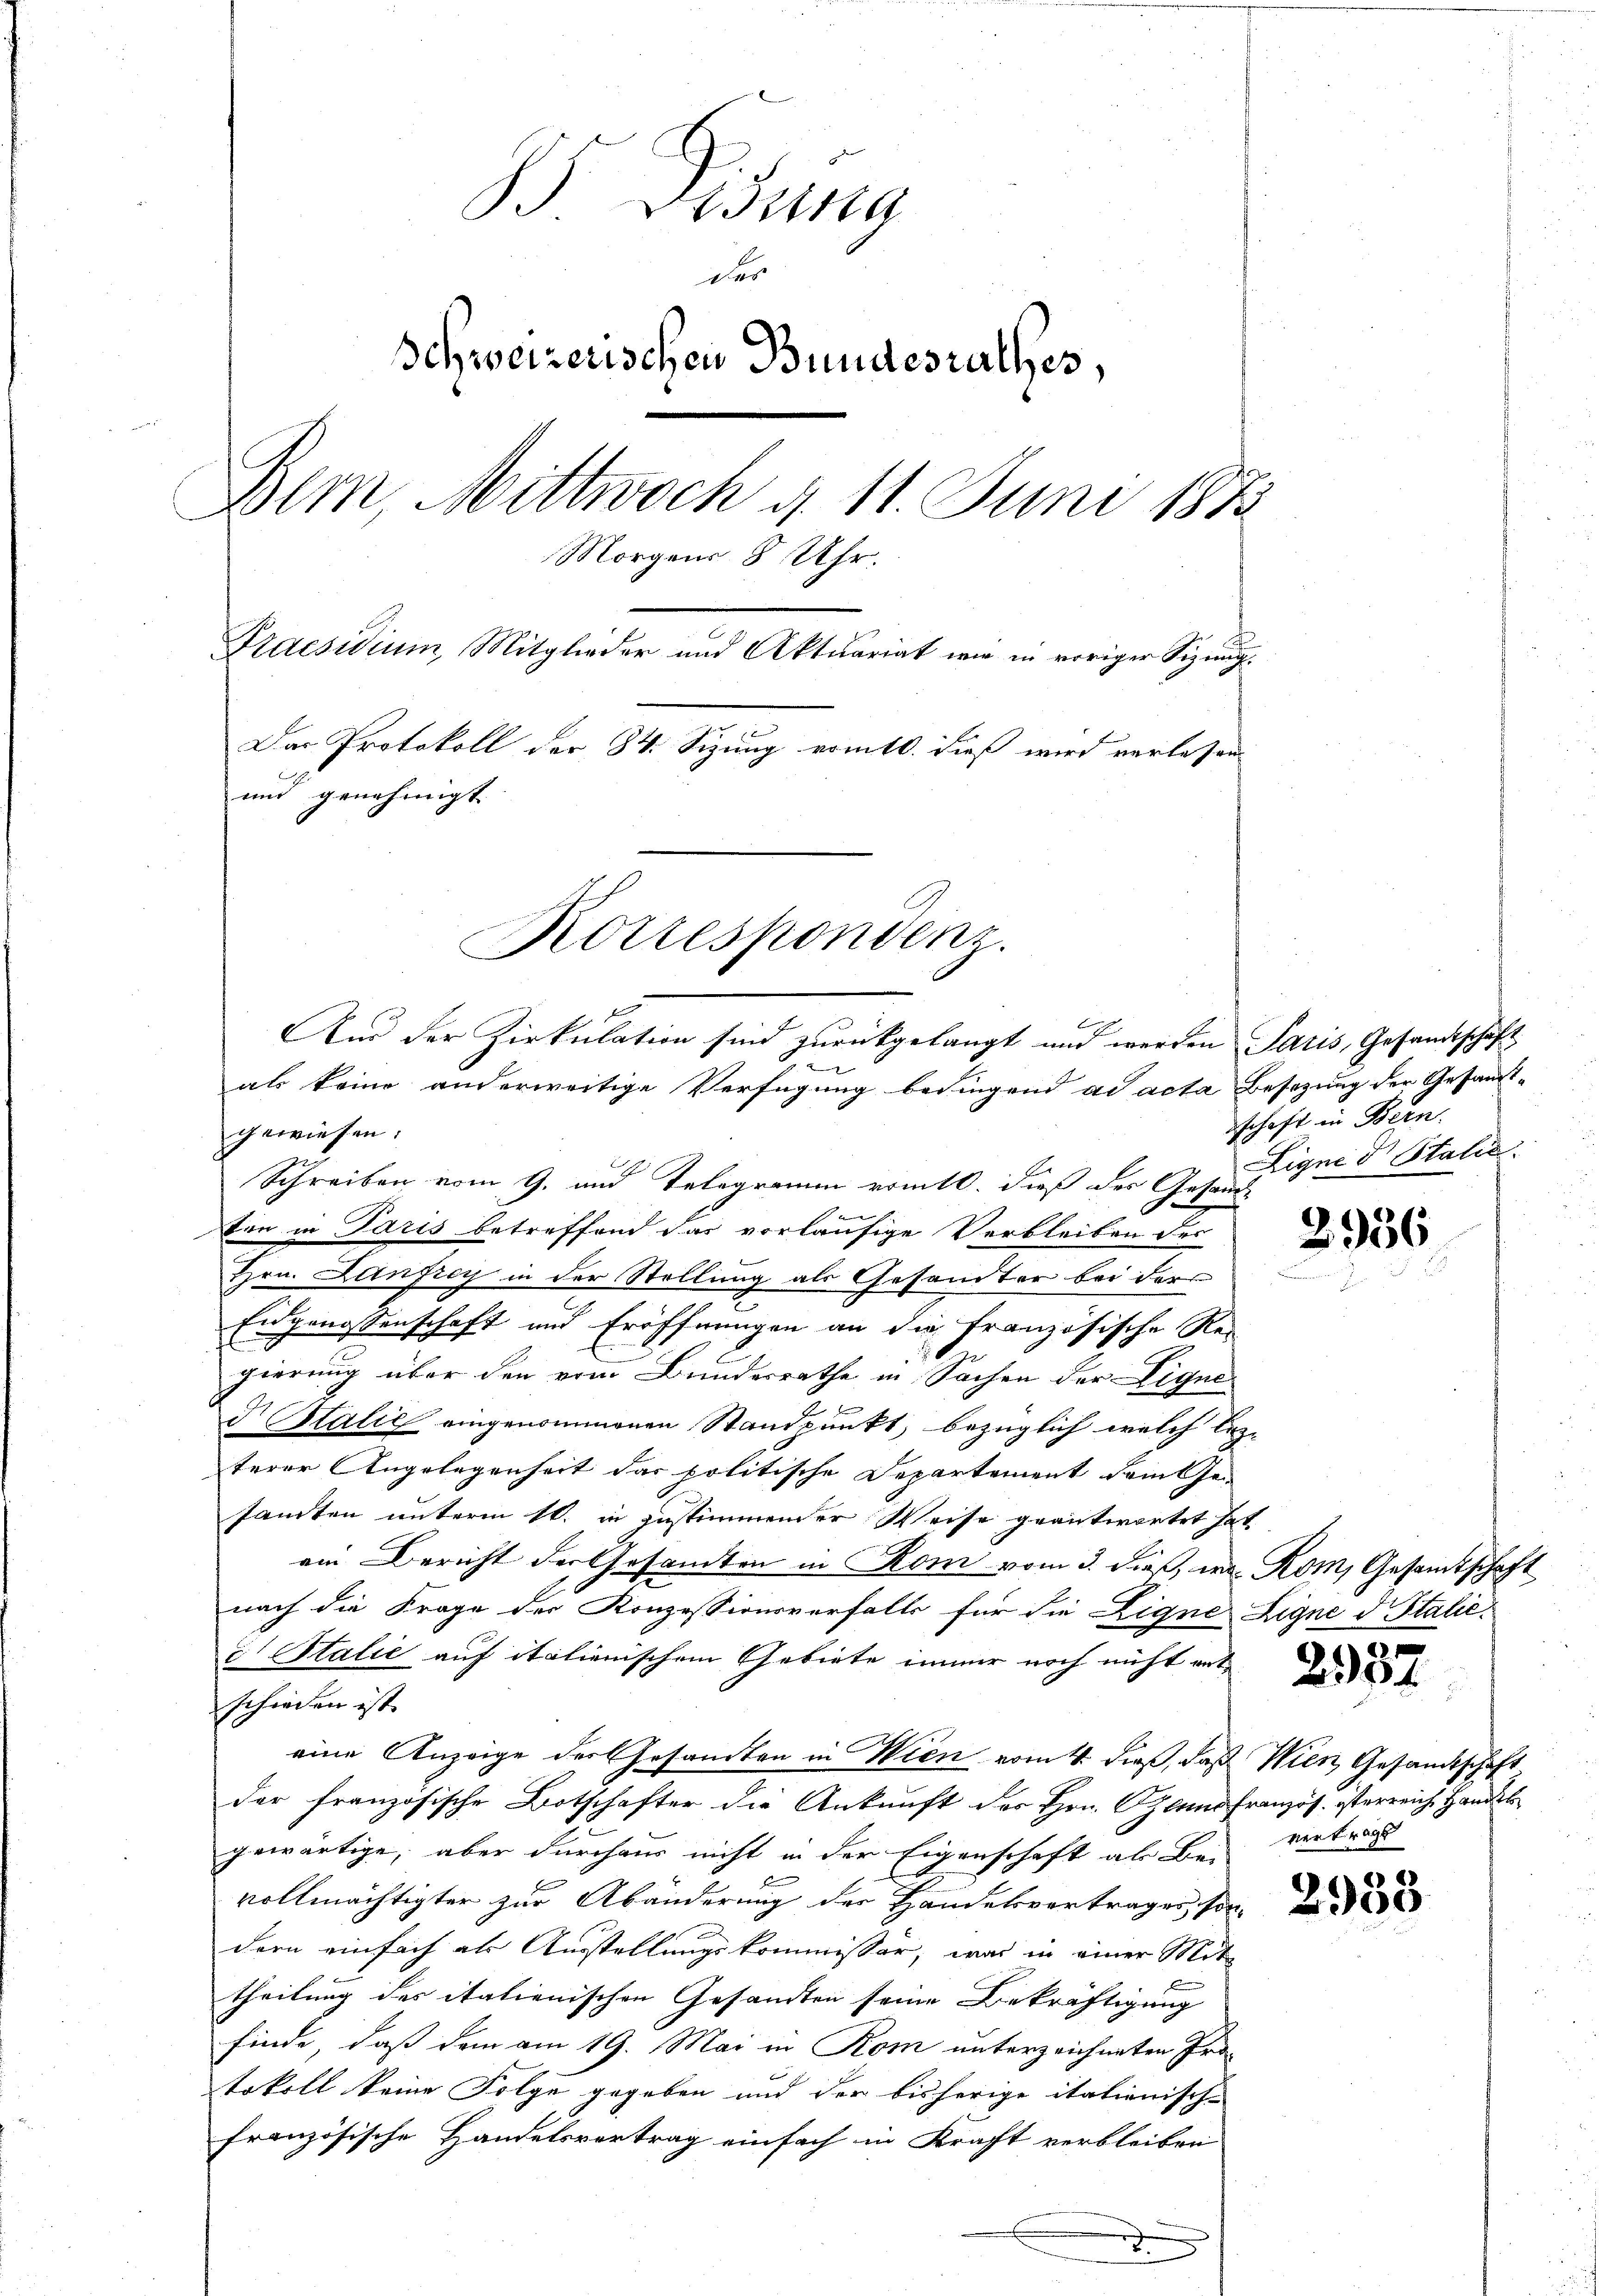
§ 2132119
des
Schweizerischen Bundesrathes,
Bem, Mittwoch d. 11. Juni 1873
Morgens 8 Uhr.
Praesidium, Mitglieder und Aktuariat wie in voriger Sizung¬
Das Protokoll der 84. Sizung vom 10. dieß wird verlesen
und genehmigt.

Korrespondenz.

Und der Zirkulation sind zurückgelangt und werden Paris, Gesandtschäft
als keine anderweitige Verfügung bedingend ad acta Besizung der Gesamt-

u

gewiesen.
Schreiben vom 9. und Telegramm vomtl. dieß des Gesandt
bin in Paris betreffend das vorläufige Verbleiben des
Hrn. Lanfrey in der Stellung als Gesandter bei der
Eidgenossenschaft und Eröffnungen an die französische Re-
gierung über den vom Bundesrathe in Sachen der Liqui
e
d Italić eingenommenen Standpunkt, bezüglich welch lez-
terer Angelegenheit das politische Departement dem Gesandten unterm 10. in zustimmender Weise geantwortet hat
ein Bericht der Gesandten in Rom vom 3. dieß, in Rom, Gesamtschaft
nach die Frage der Konzessionsverfalls für die Eigne Eigne d. Staliec) Stalić auf italienischem Gebiete immer noch nicht entschieden ist.
eine Anzeige der Gesamten in Wien vom 4. dieß, daß Wien Gesandtschaft
der französische Botschafter die Ankunft des Hrn. Ohlens französ. österreich Handel
gewärtige, aber durchaus nicht in der Eigenschaft ab Bei Betrag
vollmächtigter zur Abänderung der Handelsvertrages, son-
dern einfach als Ausstellungskommissor, was in einer Mit-
theilung des italienischen Gesandten seine Bekräftigung
finde, daß dem am 19. Mai in Rom unterzeichneten Protokoll keine Folge gegeben und der bisherige italienisch-
französische Handelsvertrag einfach in Kraft verbleiben

schaft in Bern.
Ligne d Statio

2956

2957

2933